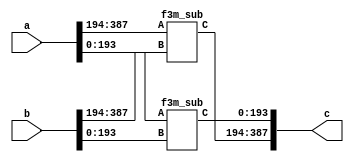
`define M     97          // M is the degree of the irreducible polynomial
`define WIDTH (2*`M-1)    // width for a GF(3^M) element
`define W2    (4*`M-1)    // width for a GF(3^{2*M}) element
`define W3    (6*`M-1)    // width for a GF(3^{3*M}) element
`define W6    (12*`M-1)   // width for a GF(3^{6*M}) element
`define PX    196'h4000000000000000000000000000000000000000001000002 // PX is the irreducible polynomial
`define ZERO {(2*`M){1'b0}}
`define TWO {(2*`M-2){1'b0}},2'b10
`define MOST 2*`M+1:2*`M

module f32m_sub(a, b, c);
    input [`W2:0] a, b;
    output [`W2:0] c;
    f3m_sub 
        s1 (a[`W2:`WIDTH+1], b[`W2:`WIDTH+1], c[`W2:`WIDTH+1]),
        s2 (a[`WIDTH:0], b[`WIDTH:0], c[`WIDTH:0]);
endmodule

module f3m_sub(A, B, C);
    input [`WIDTH : 0] A, B;
    output [`WIDTH : 0] C;
    genvar i;
    generate
        for(i=0; i<`M; i=i+1) begin: aa
            f3_sub aa(A[(2*i+1) : 2*i], B[(2*i+1) : 2*i], C[(2*i+1) : 2*i]);
        end
    endgenerate
endmodule

module f3_sub(A, B, C);
    input [1:0] A, B;
    output [1:0] C;
    f3_add m1(A, {B[0], B[1]}, C);
endmodule

module f3_add(A, B, C);
    input [1:0] A, B;
    output [1:0] C;
    wire a0, a1, b0, b1, c0, c1;
    assign {a1, a0} = A;
    assign {b1, b0} = B;
    assign C = {c1, c0};
    assign c0 = ( a0 & ~a1 & ~b0 & ~b1) |
                (~a0 & ~a1 &  b0 & ~b1) |
                (~a0 &  a1 & ~b0 &  b1) ;
    assign c1 = (~a0 &  a1 & ~b0 & ~b1) |
                ( a0 & ~a1 &  b0 & ~b1) |
                (~a0 & ~a1 & ~b0 &  b1) ;
endmodule